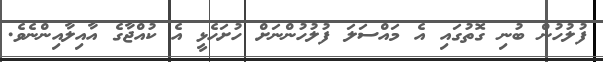
ފުލުހުން ބުނި ގޮތުގައި އެ މައްސަލަ ފުލުހުންނަށް ހުށަހެޅީ އެ ކުއްޖާގެ އާއިލާއިންނެވެ.